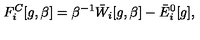
F _ { i } ^ { C } [ g , \beta ] = \beta ^ { - 1 } \bar { W } _ { i } [ g , \beta ] - \bar { E } _ { i } ^ { 0 } [ g ] ,